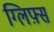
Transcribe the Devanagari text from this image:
ग्लिफ़्स